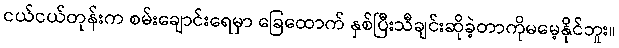
ငယ်ငယ်တုန်းက စမ်းချောင်းရေမှာ ခြေထောက် နှစ်ပြီးသီချင်းဆိုခဲ့တာကိုမမေ့နိုင်ဘူး။